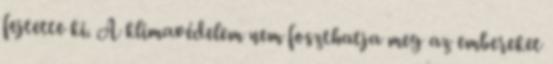
fejtette ki. A klímavédelem nem foszthatja meg az embereket